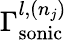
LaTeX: \Gamma_{\mathrm{{sonic}}}^{l,(n_{j})}